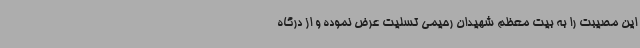
این مصیبت را به بیت معظم شهیدان رحیمی تسلیت عرض نموده و از درگاه